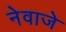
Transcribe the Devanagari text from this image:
नेवाजे